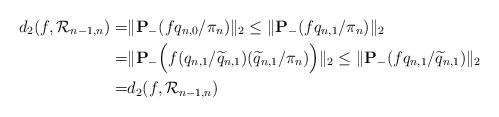
LaTeX: \begin{align*} d_2(f, \mathcal{R}_{n-1,n})=&\|{\bf P}_-(fq_{n,0}/\pi_{n})\|_2\leq\|{\bf P}_-(fq_{n,1}/\pi_{n})\|_2\\=& \|{\bf P}_-\Bigl(f(q_{n,1}/\widetilde{q}_{n,1})(\widetilde{q}_{n,1}/\pi_{n})\Bigr)\|_2\leq \|{\bf P}_-(fq_{n,1}/\widetilde{q}_{n,1})\|_2\\=& d_2(f, \mathcal{R}_{n-1,n})\end{align*}